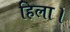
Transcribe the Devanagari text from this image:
हिला।